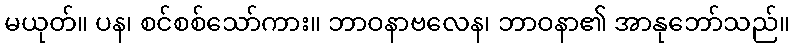
မယုတ်။ ပန၊ စင်စစ်သော်ကား။ ဘာဝနာဗလေန၊ ဘာဝနာ၏ အာနုဘော်သည်။